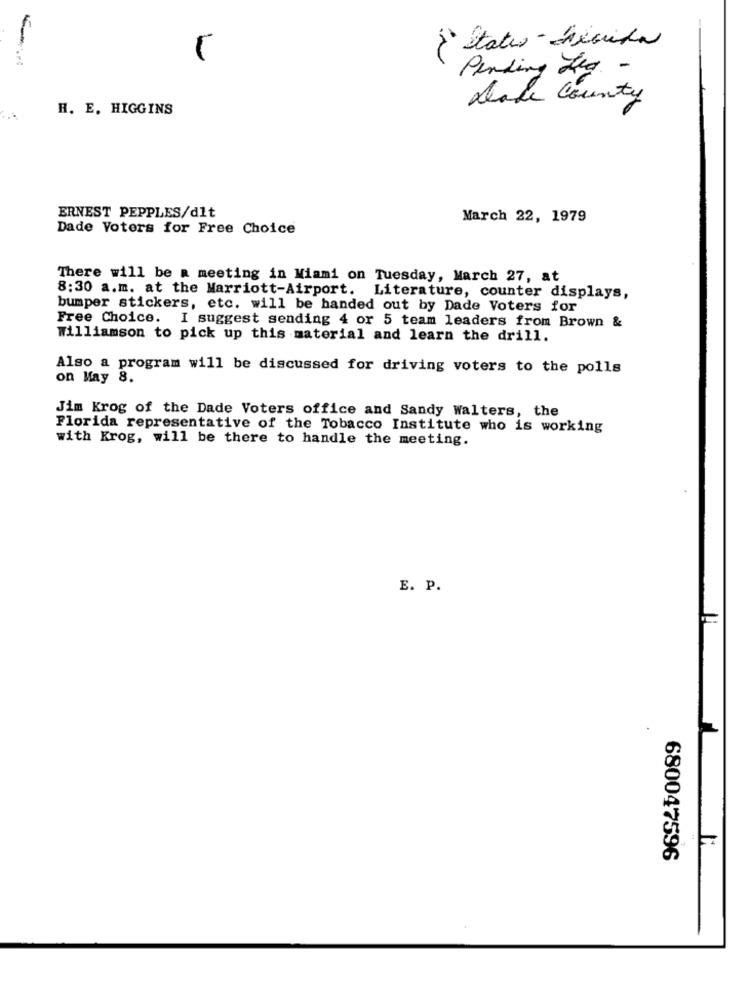
¿ status delcuida
1
Pending hla -
Dade County
H. E. HIGGINS
ERNEST PEPPLES/dit
March 22, 1979
Dade Voters for Free Choice
There will be a meeting in Miami on Tuesday, March 27, at
8:30 a.m. at the Marriott-Airport. Literature, counter displays,
bumper stickers, etc. will be handed out by Dade Voters for
Free Choice. I suggest sending 4 or 5 team leaders from Brown &
Williamson to pick up this material and learn the drill.
Also a program will be discussed for driving voters to the polls
on May 8.
Jim Krog of the Dade Voters office and Sandy Walters, the
Florida representative of the Tobacco Institute who is working
with Krog, will be there to handle the meeting.
E. P.
680047596